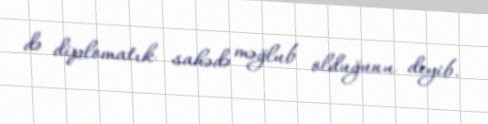
də diplomatık sahədə məğlub olduğunu deyib.